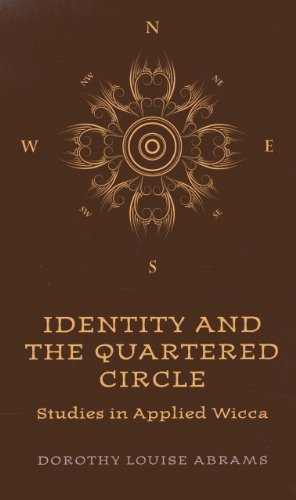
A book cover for Identity and the Quartered Circle: Studies in Applied Wicca; Dorothy Louise Abrams; Religion & Spirituality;